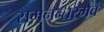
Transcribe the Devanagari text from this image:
समनन्तरमेव